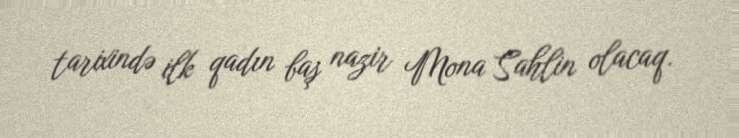
tarixində ilk qadın baş nazir Mona Sahlin olacaq.